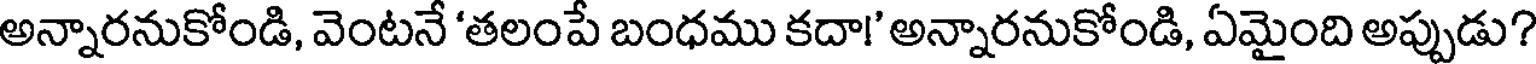
అన్నారనుకోండి, వెంటనే 'తలంపే బంధము కదా!' అన్నారనుకోండి, ఏమైంది అప్పుడు?